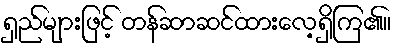
ရှည်များဖြင့် တန်ဆာဆင်ထားလေ့ရှိကြ၏။